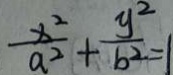
\frac { x ^ { 2 } } { a ^ { 2 } } + \frac { y ^ { 2 } } { b ^ { 2 } } = 1